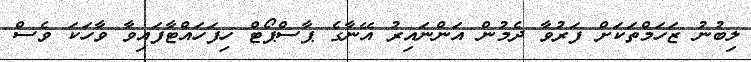
ލިބުނު ޒަހަމްތަކަށް ފަރުވާ ދެމުން އަންނައިރު އޭނާގެ ޕާސްޕޯޓް ހިފަހައްޓާފައިވާ ވާހަކަ ވެސް